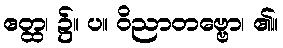
ဧတ္ထ၊ ၌။ ပ။ ဝိညာတဗ္ဗော၊ ၏။